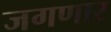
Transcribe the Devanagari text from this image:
जगणार